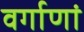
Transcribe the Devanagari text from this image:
वर्गाणां